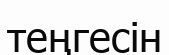
теңгесін